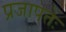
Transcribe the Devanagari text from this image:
प्रजापतेः